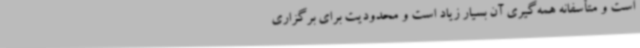
است و متأسفانه همه‌گیری آن بسیار زیاد است و محدودیت برای برگزاری